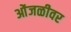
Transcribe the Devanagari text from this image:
ओंजळीवर